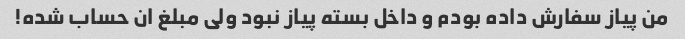
من پیاز سفارش داده بودم و داخل بسته پیاز نبود ولی مبلغ ان حساب شده!